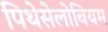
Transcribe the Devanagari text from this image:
पिथेसेलोबियम